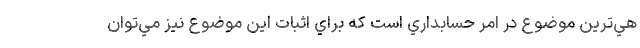
هي‌ترين موضوع در امر حسابداري است كه براي اثبات اين موضوع نيز مي‌توان